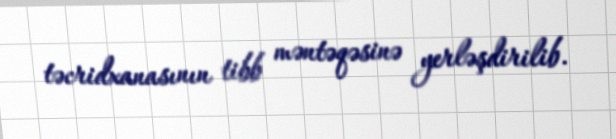
təcridxanasının tibb məntəqəsinə yerləşdirilib.